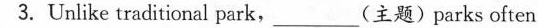
3.Unlike traditional park, ___ (主题) parks often